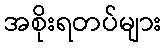
အစိုးရတပ်များ